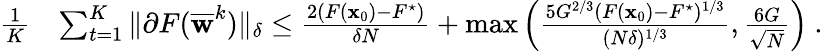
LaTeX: \begin{array}{rl}{\frac{1}{K}}&{\sum_{t=1}^{K}\| \partial F(\overline{{{\mathbf w}}}^{k})\| _{\delta}\leq\frac{2(F({\mathbf x}_{0})-F^{\star})}{\delta N}+\operatorname*{max}\left(\frac{5G^{2/3}(F({\mathbf x}_{0})-F^{\star})^{1/3}}{(N\delta)^{1/3}},\frac{6G}{\sqrt{N}}\right)~.}\end{array}